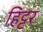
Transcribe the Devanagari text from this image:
हिट्टर